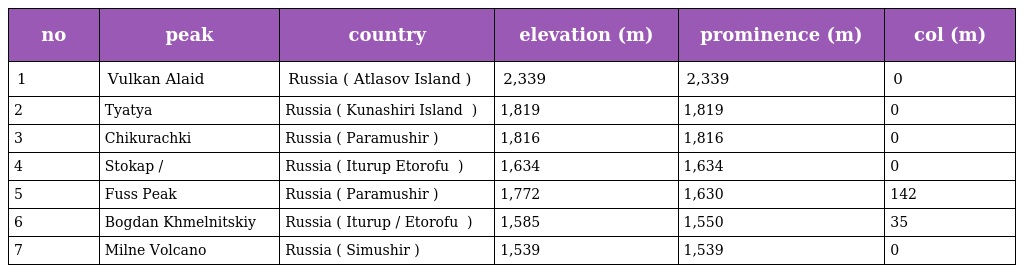
| no | peak | country | elevation (m) | prominence (m) | col (m) |
 | --- | --- | --- | --- | --- | --- |
 | 1 | Vulkan Alaid | Russia ( Atlasov Island ) | 2,339 | 2,339 | 0 |
 | 2 | Tyatya 爺々岳 | Russia ( Kunashiri Island 国後島 ) | 1,819 | 1,819 | 0 |
 | 3 | Chikurachki | Russia ( Paramushir ) | 1,816 | 1,816 | 0 |
 | 4 | Stokap / 単冠山 | Russia ( Iturup Etorofu 択捉島 ) | 1,634 | 1,634 | 0 |
 | 5 | Fuss Peak | Russia ( Paramushir ) | 1,772 | 1,630 | 142 |
 | 6 | Bogdan Khmelnitskiy | Russia ( Iturup / Etorofu 択捉島 ) | 1,585 | 1,550 | 35 |
 | 7 | Milne Volcano | Russia ( Simushir ) | 1,539 | 1,539 | 0 |